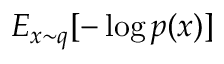
E _ { x \sim q } [ - \log p ( x ) ]